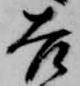
吉